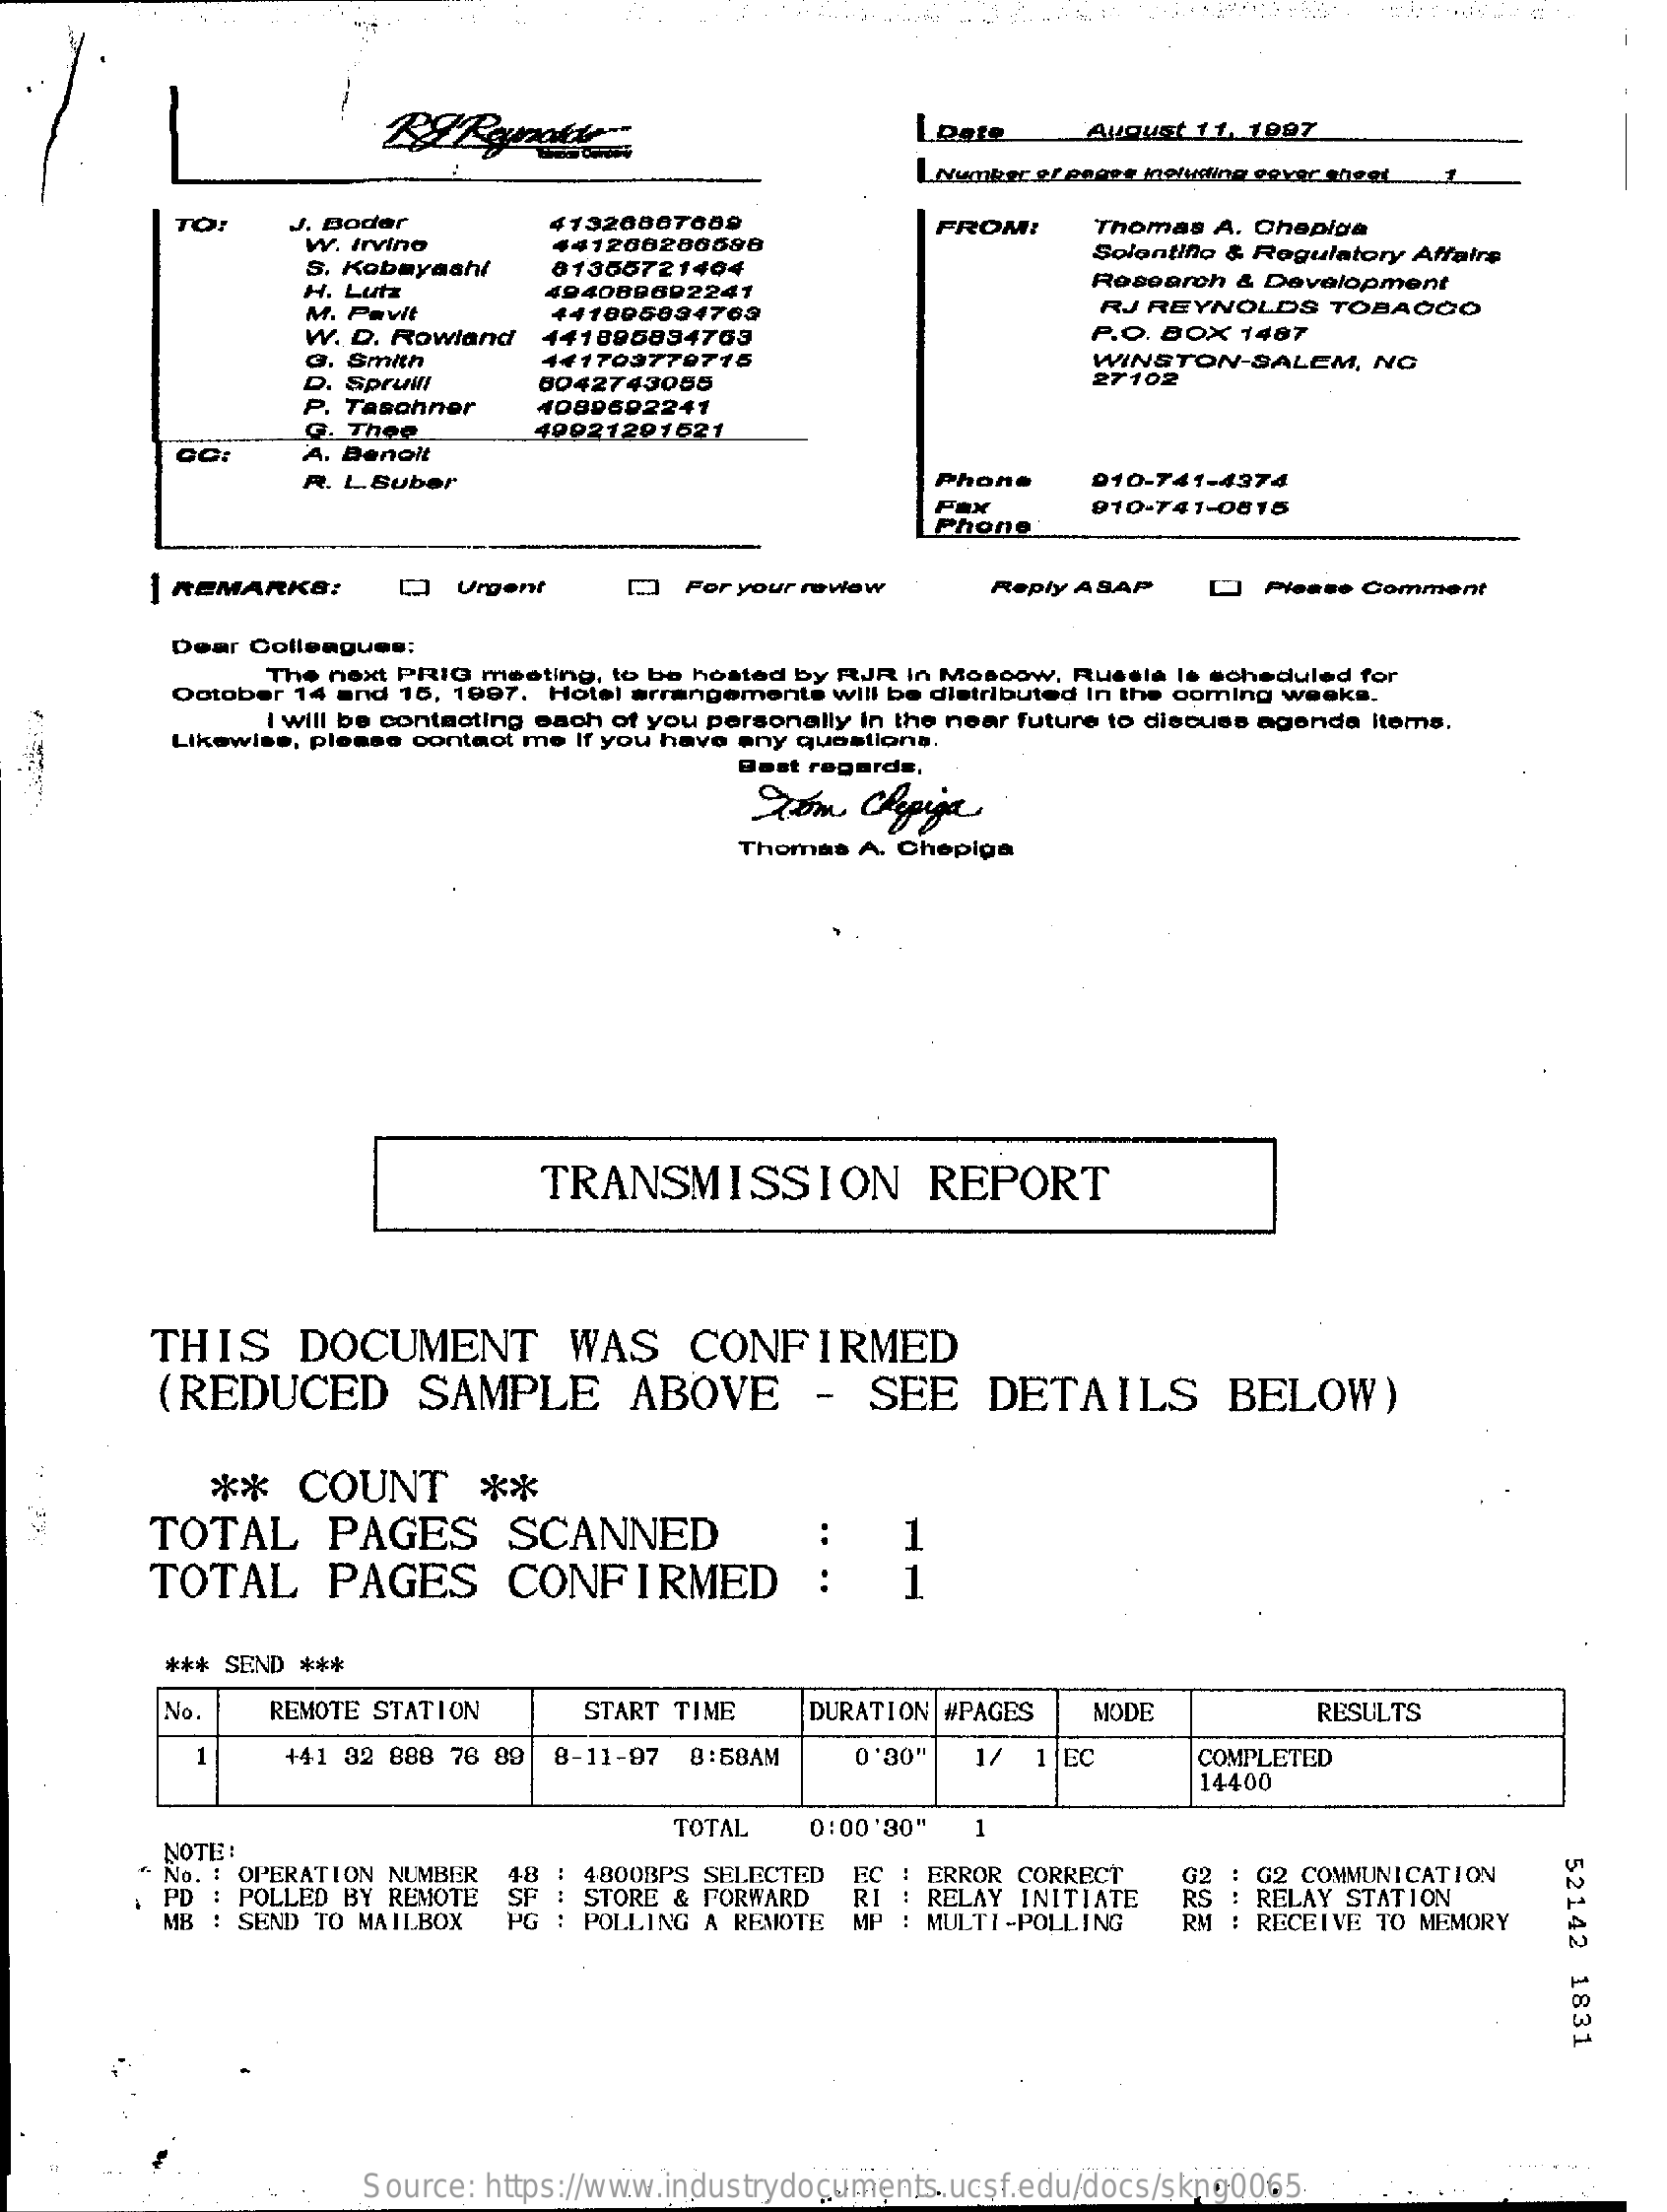
LDate    August 11, 1997
     LNumber.el engse including cover sheet
     TO:    J. Boder    41320807689
     W. Irvino
     FROM:    Thomas A. Chepiga
     441200200598
     S. Kobayashi   01365721464
     Solantiflo & Regulatory Affairs
     H. Lutz
     M. Pavit
     494089692241
     Research & Development
     441805034763    RJ REYNOLDS   TOBACCO
     W. D. Rowland 441095894763    P.O. BOX 1487
     a. Smith
     Spruil
     441703779715    WINSTON-SALEM,   NG
     P. Taschner
     8042743055    27102
     G. Thee
     4089602241
     CC:    A. Benoit
     49021201621
     R. L.Suber    Phone    010-741-4374
     Fax
     Phone
     910-741-0815
     | REMARKS:    D   Urgent    D  For your review    Reply ASAP   []) Please Comment
     Dear Colleagues:
     The next PRIG meeting, to be hosted by RJR in Moscow, Russia le scheduled for
     October 14 and 15, 1997. Hotel arrangements will be distributed In the coming weeks.
     I will be contacting each of you personally in the near future to discuss agenda items.
     Likewise, please contact me If you have any questions.
     Best regards,
     Tom   Chepiga
     Thomas A. Chepiga
     TRANSMISSION    REPORT
     THIS    DOCUMENT    WAS    CONFIRMED
     (REDUCED    SAMPLE    ABOVE    -  SEE    DETAILS    BELOW)
     **   COUNT    **
     TOTAL    PAGES    SCANNED    1
     TOTAL    PAGES    CONFIRMED    1
     *** SEND ***
     No.    REMOTE STATION    START TIME   DURATION #PAGES  MODE    RESULTS
     1    +41 32 888 76 89 8-11-97 8:58AM   0'30"  17  1 EC    COMPLETED
     14400
     NOTE:
     TOTAL   0:00'30"
     52142
     1831
     No. : OPERATION NUMBER
     PD : POLLED BY REMOTE
     48 : 4800BPS SELECTED
     MB : SEND TO MAILBOX
     SF : STORE & FORWARD
     EC : ERROR CORRECT
     PG : POLLING A REMOTE
     RI : RELAY INITIATE
     G2 COMMUNICATION
     MP : MULTI-POLLING
     RI    RS   RELAY STATION
     RM : RECEIVE TO MEMORY
     Source: https://www.industrydocuments.ucsf.edu/docs/skng0065